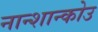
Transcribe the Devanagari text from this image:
नान्शान्कोउ